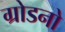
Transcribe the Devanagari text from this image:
ग्रोडनो